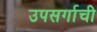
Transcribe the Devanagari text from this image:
उपसर्गाची